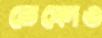
ডেকোও